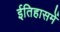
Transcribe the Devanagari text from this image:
ईतिहासमें